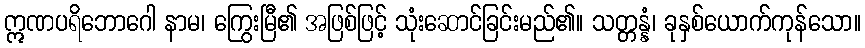
ဣဏပရိဘောဂေါ နာမ၊ ကြွေးမြီ၏ အဖြစ်ဖြင့် သုံးဆောင်ခြင်းမည်၏။ သတ္တန္နံ၊ ခုနှစ်ယောက်ကုန်သော။